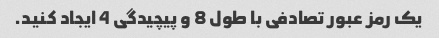
یک رمز عبور تصادفی با طول 8 و پیچیدگی 4 ایجاد کنید.